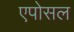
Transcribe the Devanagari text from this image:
एपोसल